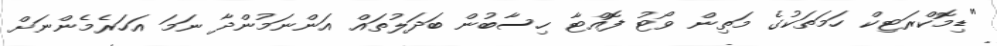
"ޑިމޮކްރަޓިކް ހަމަތަކުގެ މަތިން ވޯޓު ފޮއްޓާ ހިސާބުން ބަދަލުތައް އަންނަމުންދާ ނަމަ އަހަރެމެންނަށް